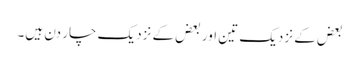
بعض کے نزدیک تین اور بعض کے نزدیک چار دن ہیں۔